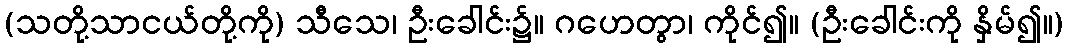
(သတို့သာငယ်တို့ကို) သီသေ၊ ဦးခေါင်း၌။ ဂဟေတွာ၊ ကိုင်၍။ (ဦးခေါင်းကို နှိမ်၍။)